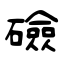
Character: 礆